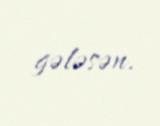
gələsən.